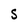
Character: S